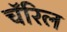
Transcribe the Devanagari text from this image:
चॅरिल